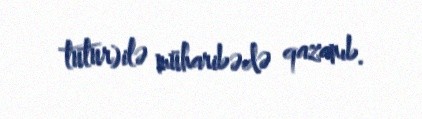
tutur)ilə müharibədə qazanıb.